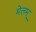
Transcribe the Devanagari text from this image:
मेलम्